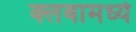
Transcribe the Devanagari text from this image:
क्लबामध्ये